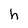
Character: h